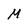
Character: M